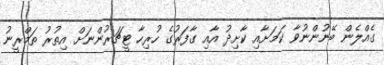
ގެއްލެން ބޭނުންނުވާ ކަމަށާއި ކާށިދު އާއި ގާފަރުގެ ހުރިހާ ޓީޗަރުންނަށް އިތުރު ތަމްރީނު